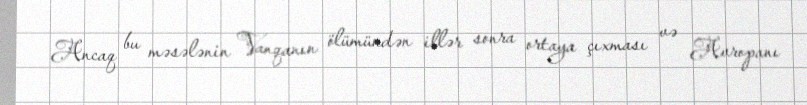
Ancaq bu məsələnin Vanqanın ölümündən illər sonra ortaya çıxması və Avropanı